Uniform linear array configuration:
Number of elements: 16
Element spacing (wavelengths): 0.25
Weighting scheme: uniform
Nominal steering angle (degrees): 15
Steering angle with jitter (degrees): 16.153
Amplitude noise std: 0.05
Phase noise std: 0.05

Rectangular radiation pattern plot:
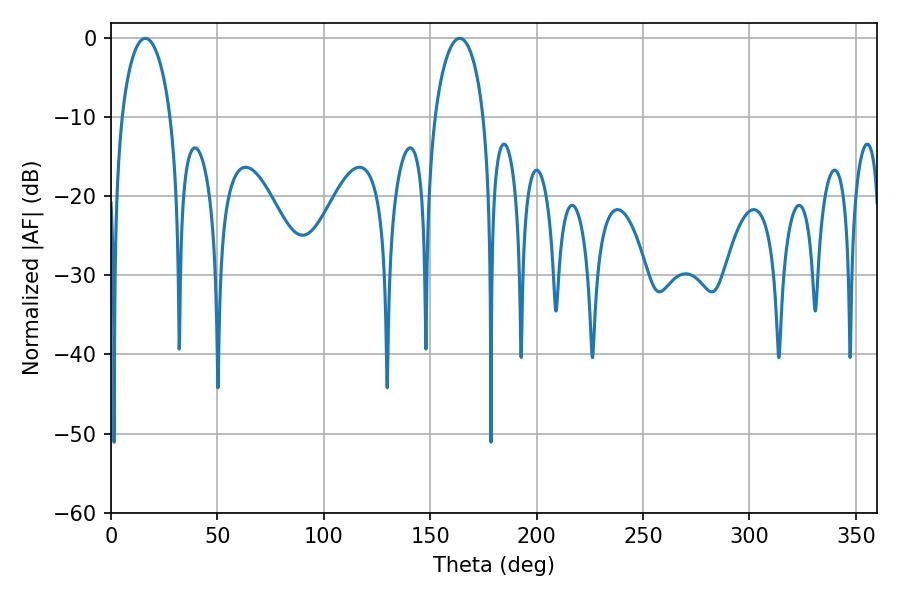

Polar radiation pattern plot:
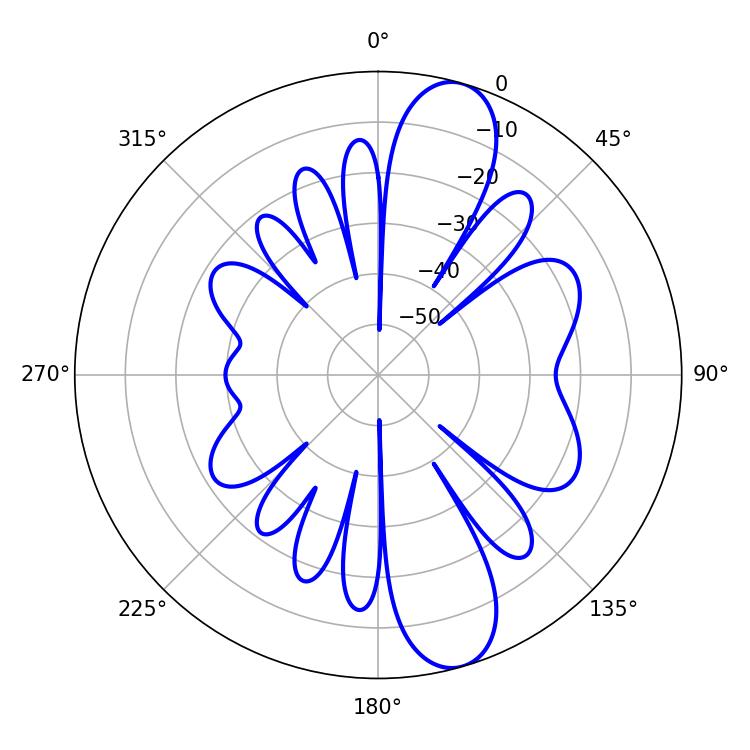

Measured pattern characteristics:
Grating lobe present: FALSE
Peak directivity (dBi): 11.297
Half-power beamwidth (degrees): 13.14
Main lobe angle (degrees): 16.2